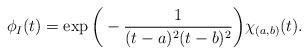
LaTeX: \begin{align*}\phi_I(t)=\exp\bigg(-\frac{1}{(t-a)^2(t-b)^2}\bigg)\chi_{(a,b)}(t).\end{align*}